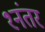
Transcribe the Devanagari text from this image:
१नंतर